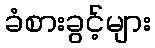
ခံစားခွင့်များ